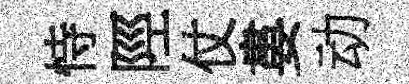
恃陘仗婁动